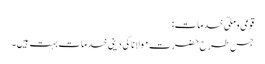
قومی وملّی خدمات:
جس طرح حضرت مولانا کی دینی خدمات بہت ہیں۔